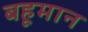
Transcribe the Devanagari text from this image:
बहूमान